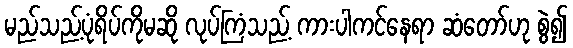
မည်သည့်ပုံရိပ်ကိုမဆို လုပ်ကြံသည့် ကားပါကင်နေရာ ဆံတော်ဟု စွဲ၍